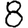
Digit: 8